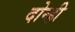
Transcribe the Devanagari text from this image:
दोन्ह्री